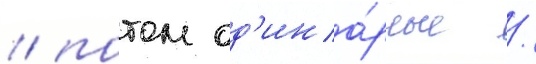
/ потом од'ина́рные /